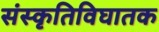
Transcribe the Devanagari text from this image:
संस्कृतिविघातक